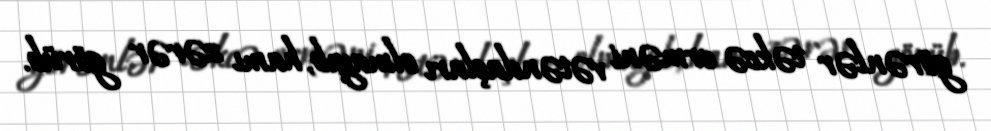
görənlər təkcə erməni vətəndaşları olmayıb, hamı zərər görüb.